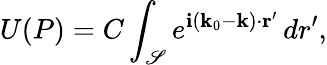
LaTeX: U(P)=C\int_{\mathscr{S}}e^{\mathbf{i}(\mathbf{{k}}_{0}-\mathbf{{k}})\cdot\mathbf{{r}}^{\prime}}\, dr^{\prime},